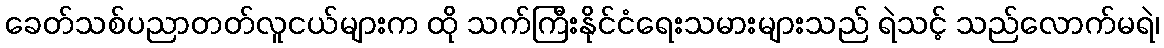
ခေတ်သစ်ပညာတတ်လူငယ်များက ထို သက်ကြီးနိုင်ငံရေးသမားများသည် ရဲသင့် သည်လောက်မရဲ၊